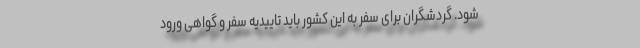
شود. گردشگران برای سفر به این کشور باید تاییدیه سفر و گواهی ورود